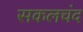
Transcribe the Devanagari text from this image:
सकलचंद